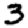
Digit: 3